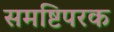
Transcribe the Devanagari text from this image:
समष्टिपरक